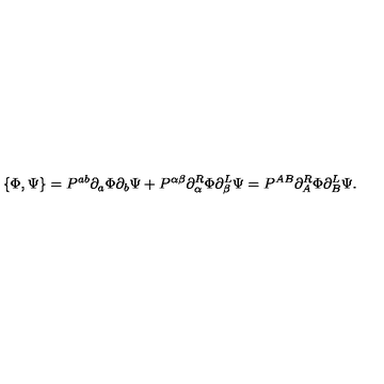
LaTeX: \{ \Phi , \Psi \} = P ^ { a b } \partial _ { a } \Phi \partial _ { b } \Psi + P ^ { \alpha \beta } \partial _ { \alpha } ^ { R } \Phi \partial _ { \beta } ^ { L } \Psi = P ^ { A B } \partial _ { A } ^ { R } \Phi \partial _ { B } ^ { L } \Psi .